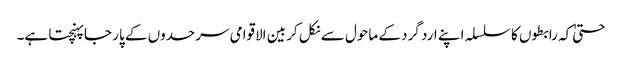
حتیٰ کہ رابطوں کا سلسلہ اپنے ارد گرد کے ماحول سے نکل کر بین الاقوامی سرحدوں کے پار جا پہنچتا ہے۔